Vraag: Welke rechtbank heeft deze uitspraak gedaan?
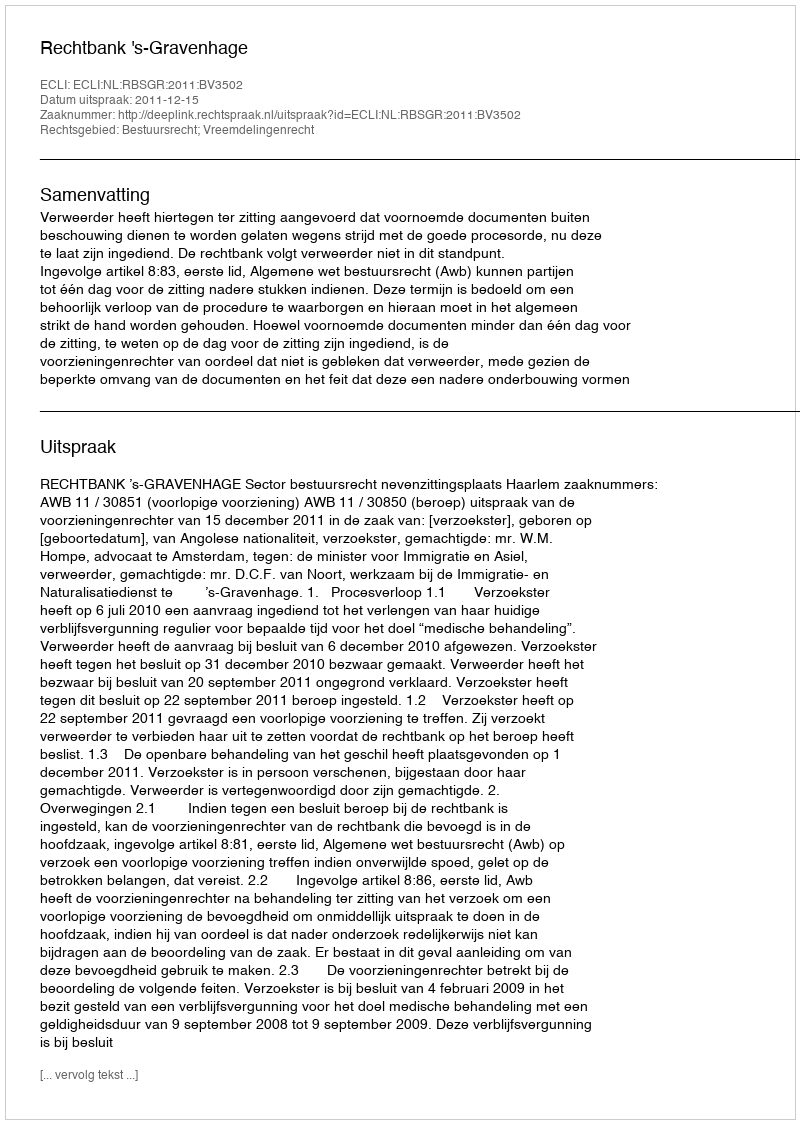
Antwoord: Rechtbank 's-Gravenhage